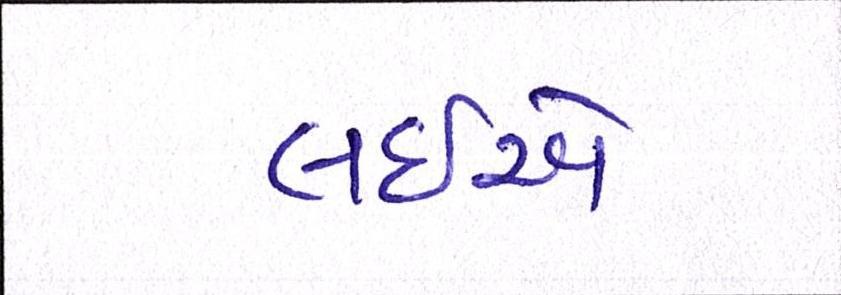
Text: લઈએ